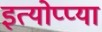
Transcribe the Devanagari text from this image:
इत्योप्प्या